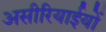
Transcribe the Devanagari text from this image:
असीरियाईयों